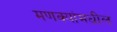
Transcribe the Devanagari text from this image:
मणक्‍यांमधील